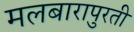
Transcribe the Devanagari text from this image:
मलबारापुरती